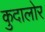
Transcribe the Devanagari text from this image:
कुदालोर